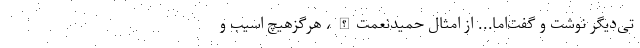
تی‌دیگر نوشت و گفت‌اما... از امثال حمیدنعمت‌الله، هرگزهیچ اسیب و